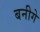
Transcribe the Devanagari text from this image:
बनीगे